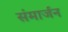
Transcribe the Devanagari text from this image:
संमार्जन